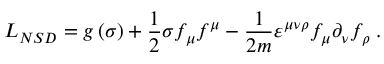
{ \cal L } _ { N S D } = g \left( \sigma \right) + \frac 1 { 2 } \sigma f _ { \mu } f ^ { \mu } - \frac 1 { 2 m } \varepsilon ^ { \mu \nu \rho } f _ { \mu } \partial _ { \nu } f _ { \rho } \; .